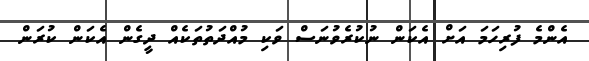
އެންމެ ފުރިހަމަ އަށް އެކަން ނުކުރެވުނަސް ވަކި މުއްދަތުތަކެއް ދީގެން އެކަން ކުރަން